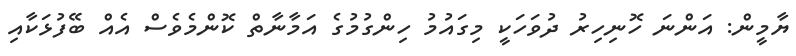
ޔާމީން: އަންނަ ހޮނިހިރު ދުވަހަކީ މިގައުމު ހިންގުމުގެ އަމާނާތް ކޮންމެވެސް އެއް ބޭފުޅަކާއި